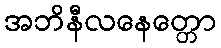
အဘိနီလနေတ္တော